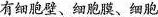
有细胞壁、细胞膜、细胞